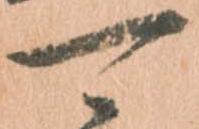
可